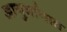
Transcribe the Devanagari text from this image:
आयुर्मानात